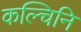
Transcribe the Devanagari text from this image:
कल्चिनि